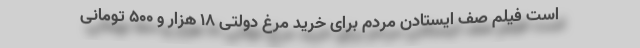
است فیلم صف ایستادن مردم برای خرید مرغ دولتی 18 هزار و 500 تومانی